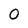
Character: 0